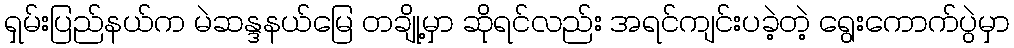
ရှမ်းပြည်နယ်က မဲဆန္ဒနယ်မြေ တချို့မှာ ဆိုရင်လည်း အရင်ကျင်းပခဲ့တဲ့ ရွေးကောက်ပွဲမှာ